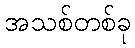
အသစ်တစ်ခု